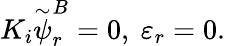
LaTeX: K_{i}\stackrel{\sim}{\psi}_{r}^{B}=0,~\varepsilon_{r}=0.